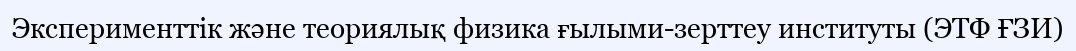
Эксперименттік және теориялық физика ғылыми-зерттеу институты (ЭТФ ҒЗИ)